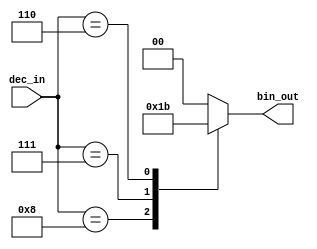
module decimal_priority_encoder (
    input [3:0] dec_in,
    output reg [1:0] bin_out
);

always @* begin
    case(dec_in)
        4'd9: bin_out = 2'b00; // highest priority
        4'd8: bin_out = 2'b01;
        4'd7: bin_out = 2'b10;
        4'd6: bin_out = 2'b11;
        // Add more cases for lower priority inputs here
        default: bin_out = 2'b00; // default to highest priority
    endcase
end

endmodule